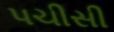
પચીસી